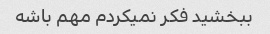
ببخشید فکر نمیکردم مهم باشه